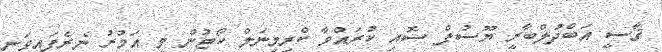
ޤާސީ އަބްދުލްބާރީ ޔޫސުފް ސޮއި ކުރައްވާ ކްރިމިނަލް ކޯޓުން މި އަމުރު ނެރެފައިވަނީ